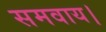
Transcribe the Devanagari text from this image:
समवाय।